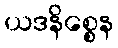
ယဒနိစ္စေန